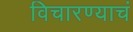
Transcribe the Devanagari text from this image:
विचारण्याचं